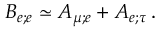
B _ { e ; e } \simeq A _ { \mu ; e } + A _ { e ; \tau } \, .